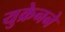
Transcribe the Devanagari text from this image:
युक्रेनने